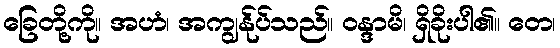
ခြေတို့ကို။ အဟံ၊ အကျွန်ုပ်သည်။ ဝန္ဒာမိ၊ ရှိခိုးပါ၏။ တေ၊